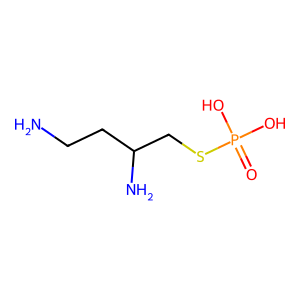
SMILES: NCCC(N)CSP(=O)(O)O
Inhibits HIV replication: No